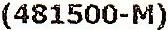
(481500-M)